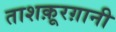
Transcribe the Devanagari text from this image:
ताशक़ूरग़ानी